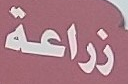
زراعة